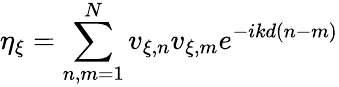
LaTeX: \eta_{\xi}=\sum_{n,m=1}^{N}v_{\xi,n}v_{\xi,m}e^{-ikd(n-m)}